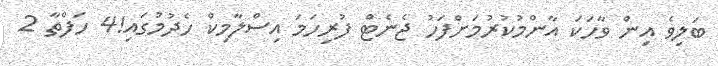
ބަލިވެ އިން ވާހަކަ އާންމުކުރުމަށްފަހު ޖެނެޓް ފުރިހަމަ އިސްލާމިކް ހެދުމުގައި!4 ހަފްތާ 2